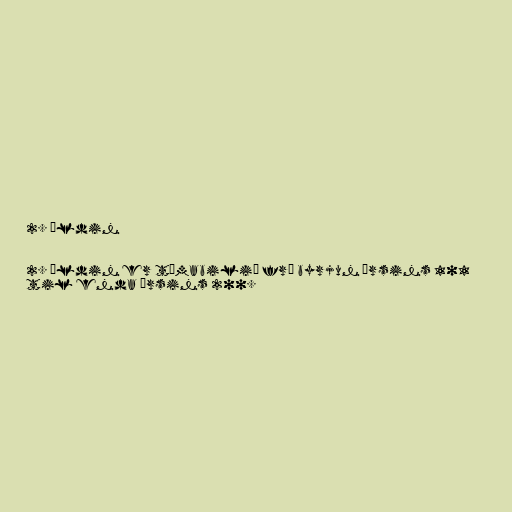
2. öldin

2. öldin er tímabilið frá byrjun ársins 101
til enda ársins 200.